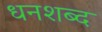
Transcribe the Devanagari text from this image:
धनशब्द